Insane asylums in Bengal annual reports 1867-1875 - 1867-1875
Year: 1867
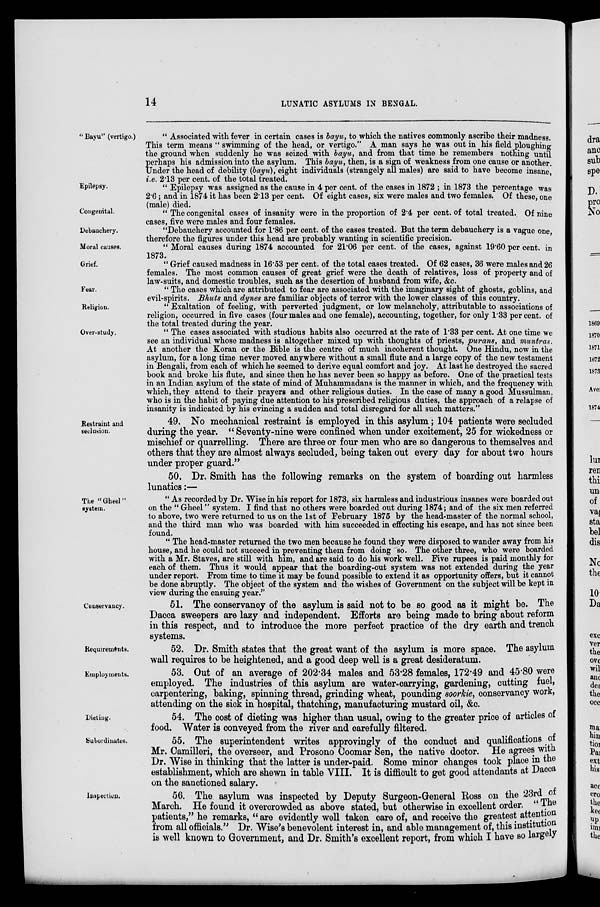
14
LUNATIC ASYLUMS IN BENGAL.
" Bayu" (vertigo.)
" Associated with fever in certain cases is bayu, to which the natives commonly ascribe their madness.
This term means " swimming of the head, or vertigo." A man says he was out in his field ploughing
the ground when suddenly he was seized with bayu, and from that time he remembers nothing until
perhaps his admission into the asylum. This bayu, then, is a sign of weakness from one cause or another.
Under the head of debility (bayu), eight individuals (strangely all males) are said to have become insane,
i.e. 2.13 per cent. of the total treated.
Epilepsy.
" Epilepsy was assigned as the cause in 4 per cent. of the cases in 1872 ; in 1873 the percentage was
2.6; and in 1874 it has been 2.13 per cent. Of eight cases, six were males and two females. Of these, one
(male) died.
Congenital.
" The congenital cases of insanity were in the proportion of 2.4 per cent. of total treated. Of nine
cases, five were males and four females.
Debauchery.
"Debauchery accounted for 1.86 per cent. of the cases treated. But the term debauchery is a vague one,
therefore the figures under this head are probably wanting in scientific precision.
Moral causes.
" Moral causes during 1874 accounted for 21.06 per cent. of the cases, against 19.60 per cent. in
1873.
Grief.
" Grief caused madness in 16.53 per cent. of the total cases treated. Of 62 cases, 36 were males and 26
females. The most common causes of great grief were the death of relatives, loss of property and of
law-suits, and domestic troubles, such as the desortion of husband from wife, &c.
Fear.
" The cases which are attributed to fear are associated with the imaginary sight of ghosts, goblins, and
evil-spirits. Bhuts and dynes are familiar objects of terror with the lower classes of this country.
Religion.
" Exaltation of feeling, with perverted judgment, or low melancholy, attributable to associations of
religion, occurred in five cases (four males and one female), accounting, together, for only 1.33 per cent. of
the total treated during the year.
Over-study.
" The cases associated with studious habits also occurred at the rate of 1.33 per cent. At one time we
see an individual whose madness is altogether mixed up with thoughts of priests, purans, and muntras.
At another the Koran or the Bible is the centre of much incoherent thought. One Hindu, now in the
asylum, for a long time never moved anywhere without a small flute and a large copy of the new testament
in Bengali, from each of which he seemed to derive equal comfort and joy. At last he destroyed the sacred
book and broke his flute, and since then he has never been so happy as before. One of the practical tests
in an Indian asylum of the state of mind of Muhammadans is the manner in which, and the frequency with
which, they attend to their prayers and other religious duties. In the case of many a good Mussulman,
who is in the habit of paying due attention to his prescribed religious duties, the approach of a relapse of
insanity is indicated by his evincing a sudden and total disregard for all such matters."
Restraint and
seclusion.
49. No mechanical restraint is employed in this asylum; 104 patients were secluded
during the year. " Seventy-nine were confined when under excitement, 25 for wickedness or
mischief or quarrelling. There are three or four men who are so dangerous to themselves and
others that they are almost always secluded, being taken out every day for about two hours
under proper guard."
50. Dr. Smith has the following remarks on the system of boarding out harmless
lunatics:—
The "Gheel"
system.
" As recorded by Dr. Wise in his report for 1873, six harmless and industrious insanes were boarded out
on the " Gheel" system. I find that no others were boarded out during 1874; and of the six men referred
to above, two were returned to us on the 1st of February 1875 by the head-master of the normal school,
and the third man who was boarded with him succeeded in effecting his escape, and has not since been
found.
" The head-master returned the two men because he found they were disposed to wander away from his
house, and he could not succeed in preventing them from doing so. The other three, who were boarded
with a Mr. Staves, are still with him, and are said to do his work well. Five rupees is paid monthly for
each of them. Thus it would appear that the boarding-out system was not extended during the year
under report. From time to time it may be found possible to extend it as opportunity offers, but it cannot
be done abruptly. The object of the system and the wishes of Government on the subject will be kept in
view during the ensuing year."
Conservancy.
51. The conservancy of the asylum is said not to be so good as it might be. The
Dacca sweepers are lazy and independent. Efforts are being made to bring about reform
in this respect, and to introduce the more perfect practice of the dry earth and trench
systems.
Requirements.
52. Dr. Smith states that the great want of the asylum is more space. The asylum
wall requires to be heightened, and a good deep well is a great desideratum.
Employments.
53. Out of an average of 202.34 males and 53.28 females, 172.49 and 45.80 were
employed. The industries of this asylum are water-carrying, gardening, cutting fuel,
carpentering, baking, spinning thread, grinding wheat, pounding soorkie, conservancy work,
attending on the sick in hospital, thatching, manufacturing mustard oil, &c.
Dieting.
54. The cost of dieting was higher than usual, owing to the greater price of articles of
food. Water is conveyed from the river and carefully filtered.
Subordinates.
55. The superintendent writes approvingly of the conduct and qualifications of
Mr. Camilleri, the overseer, and Prosono Coomar Sen, the native doctor. He agrees with
Dr. Wise in thinking that the latter is under-paid. Some minor changes took place in the
establishment, which are shewn in table VIII. It is difficult to get good attendants at Dacca
on the sanctioned salary.
Inspection.
56. The asylum was inspected by Deputy Surgeon-General Ross on the 23rd of
March. He found it overcrowded as above stated, but otherwise in excellent order. " The
patients," he remarks, " are evidently well taken care of, and receive the greatest attention
from all officials." Dr. Wise's benevolent interest in, and able management of, this institution
is well known to Government, and Dr. Smith's excellent report, from which I have so largely